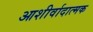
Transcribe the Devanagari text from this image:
आशीर्वादात्मक